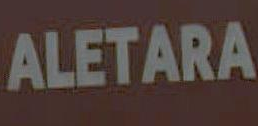
ALETARA